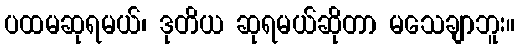
ပထမဆုရမယ်၊ ဒုတိယ ဆုရမယ်ဆိုတာ မသေချာဘူး။